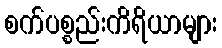
စက်ပစ္စည်းကိရိယာများ